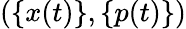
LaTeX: (\{ x(t)\} ,\{ p(t)\} )